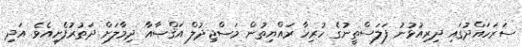
ސަރަހައްދުގައި ދިރިއުޅުނު ފަލަސްތީނުގެ ހުރިހާ ރައްޔިތުން މަސްޖިދުލް އަޤްޞާއާ ދިމާލަށް ދަތުރުފެށިއެވެ. އަދި